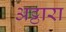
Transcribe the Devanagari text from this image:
अट्ठारा